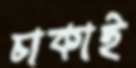
চাকাই